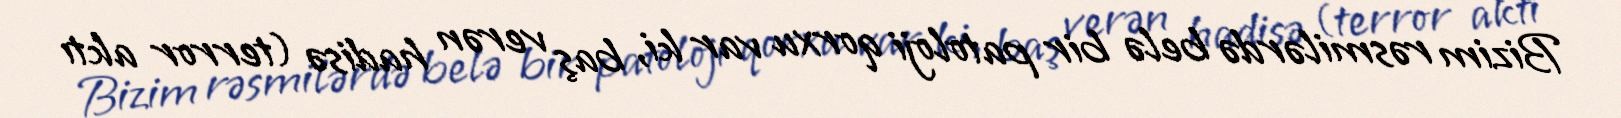
Bizim rəsmilərdə belə bir patoloji qorxu var ki, baş verən hadisə (terror aktı